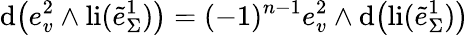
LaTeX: \mathrm{d}\big(e_{v}^{2}\wedge\mathrm{{li}}(\tilde{{e}}_{\Sigma}^{1})\big)=(-1)^{n-1}e_{v}^{2}\wedge\mathrm{d}\big(\mathrm{{li}}(\tilde{{e}}_{\Sigma}^{1})\big)